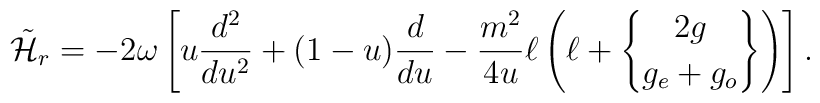
\tilde{\cal H}_r=-2\omega\left[u{d^2\over{du^2}}   +(1-u){d\over{du}}-{m^2\over{4u}}\ell\left(\ell+{2g\brace g_e+g_o}\right)\right].